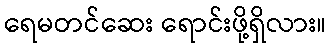
ရေမတင်ဆေး ရောင်းဖို့ရှိလား။